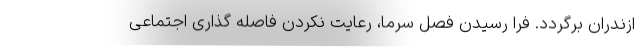
ازندران برگردد. فرا رسیدن فصل سرما، رعایت نکردن فاصله گذاری اجتماعی